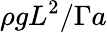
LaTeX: \rho gL^{2}/\Gamma a